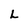
Character: L